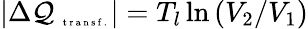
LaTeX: |\Delta\mathcal{Q}_{\mathrm{{~\tiny~t~r~a~n~s~f~.~}}}|=T_{l}\ln\left(V_{2}/V_{1}\right)